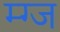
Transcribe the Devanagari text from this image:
म्ग्ज